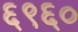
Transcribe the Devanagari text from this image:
६९६०